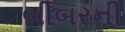
બીબરની